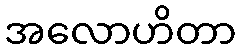
အလောဟိတာ